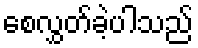
စေလွှတ်ခဲ့ပါသည်